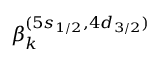
\beta _ { k } ^ { ( 5 s _ { 1 / 2 } , 4 d _ { 3 / 2 } ) }